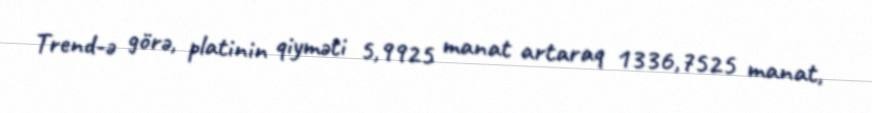
Trend-ə görə, platinin qiyməti 5,9925 manat artaraq 1336,7525 manat,